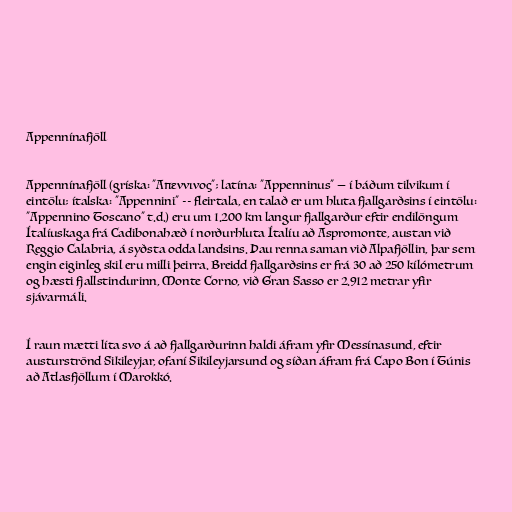
Appennínafjöll

Appennínafjöll (gríska: "Απεννινος"; latína: "Appenninus" — í báðum tilvikum í
eintölu; ítalska: "Appennini" -- fleirtala, en talað er um hluta fjallgarðsins í eintölu:
"Appennino Toscano" t.d.) eru um 1.200 km langur fjallgarður eftir endilöngum
Ítalíuskaga frá Cadibonahæð í norðurhluta Ítalíu að Aspromonte, austan við
Reggio Calabria, á syðsta odda landsins. Þau renna saman við Alpafjöllin, þar sem
engin eiginleg skil eru milli þeirra. Breidd fjallgarðsins er frá 30 að 250 kílómetrum
og hæsti fjallstindurinn, Monte Corno, við Gran Sasso er 2.912 metrar yfir
sjávarmáli.

Í raun mætti líta svo á að fjallgarðurinn haldi áfram yfir Messínasund, eftir
austurströnd Sikileyjar, ofaní Sikileyjarsund og síðan áfram frá Capo Bon í Túnis
að Atlasfjöllum í Marokkó.